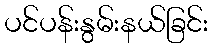
ပင်ပန်းနွမ်းနယ်ခြင်း